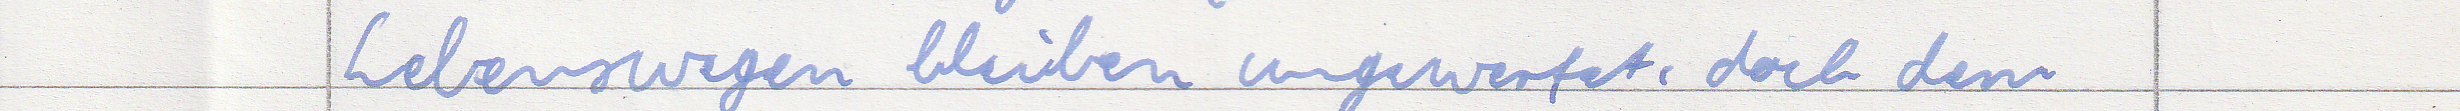
Lebenswegen bleiben ungewertet, doch dem